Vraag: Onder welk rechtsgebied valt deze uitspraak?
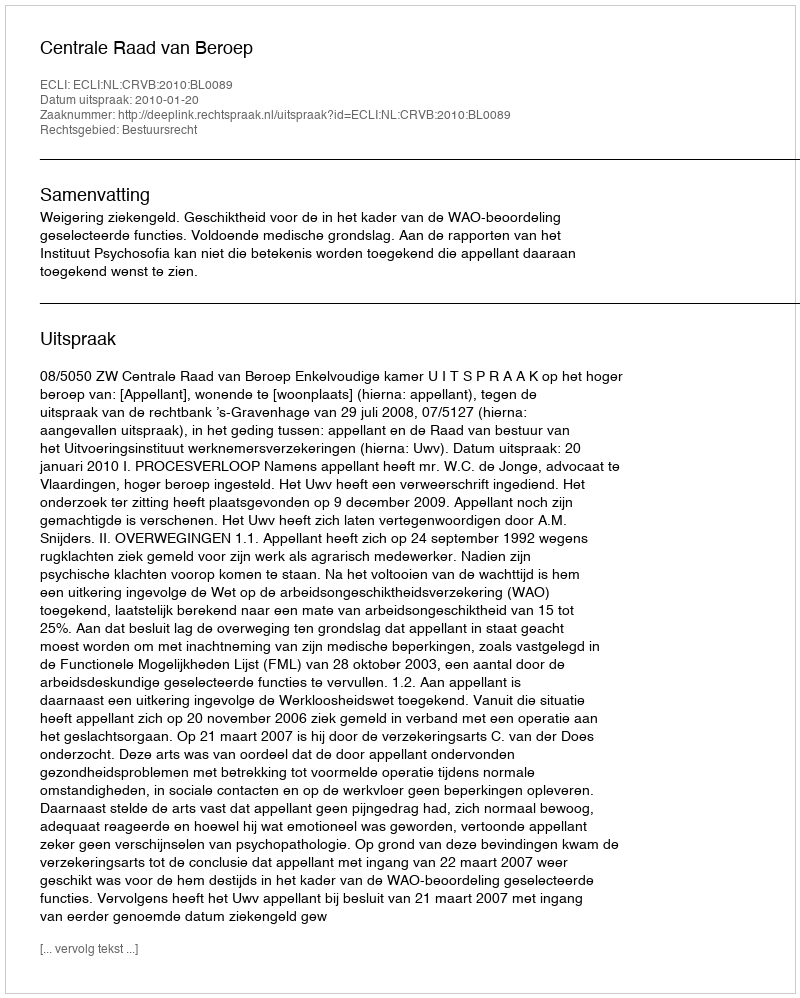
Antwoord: Bestuursrecht